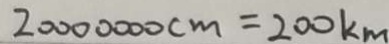
2 0 0 0 0 0 0 0 0 c m = 2 0 0 k m